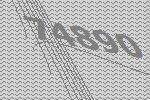
74890